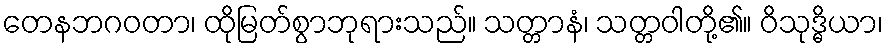
တေနဘဂဝတာ၊ ထိုမြတ်စွာဘုရားသည်။ သတ္တာနံ၊ သတ္တဝါတို့၏။ ဝိသုဒ္ဓိယာ၊